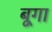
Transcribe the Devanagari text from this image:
बूगा